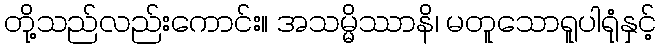
တို့သည်လည်းကောင်း။ အသမ္မိဿာနိ၊ မတူသောရူပါရုံနှင့်